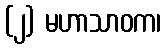
(၂) မဟာသာဝက၊